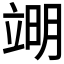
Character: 𮄱